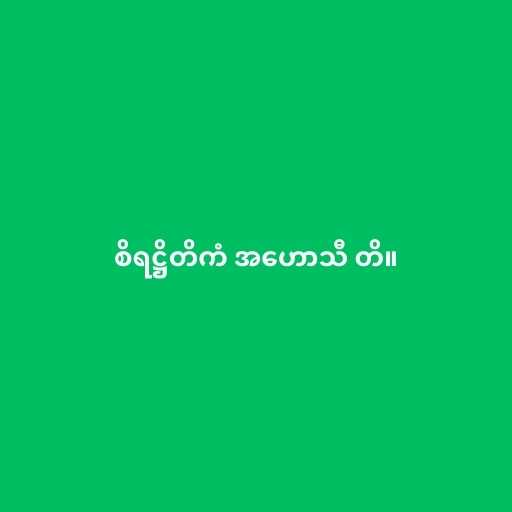
စိရဋ္ဌိတိကံ အဟောသီ တိ။